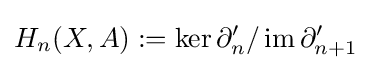
H_{n}(X,A):=\ker \partial '_{n}/\operatorname {im} \partial '_{n+1}